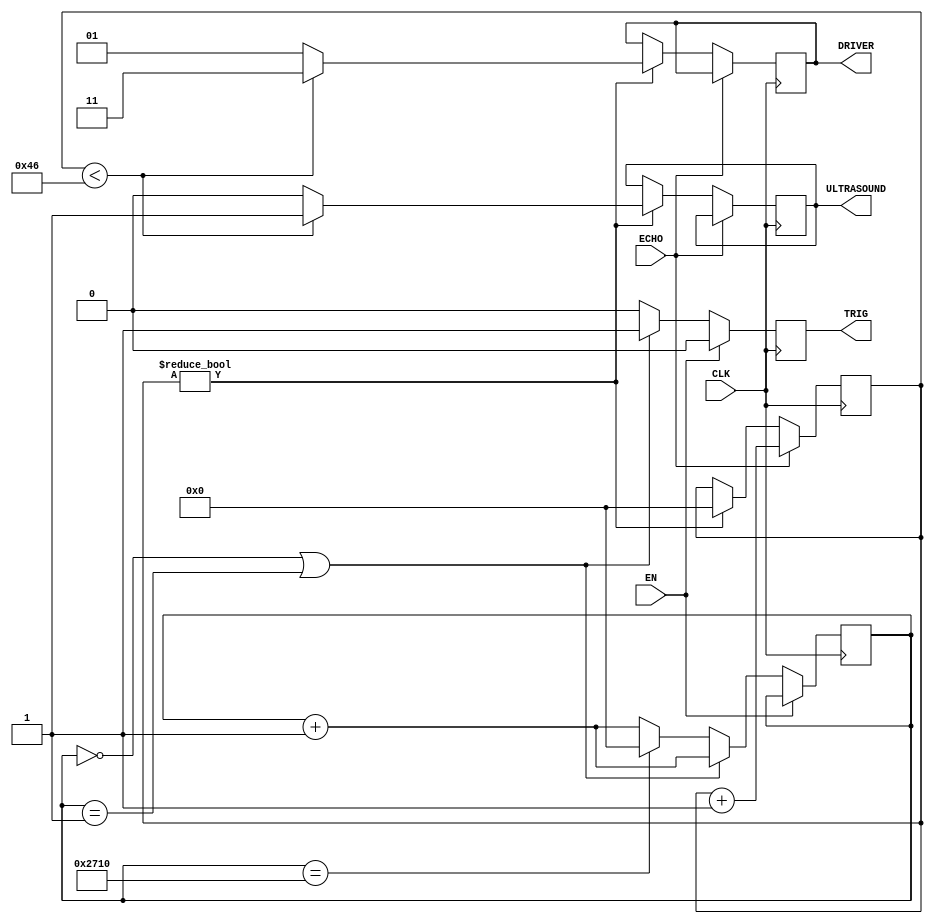
module distance(CLK,EN,TRIG,ECHO,ULTRASOUND,DRIVER);
input CLK;               //10us
input EN;                //
output reg TRIG;         //
input ECHO;              //
output reg ULTRASOUND;   //
output reg [1:0] DRIVER; //

reg [24:0] count1;
reg [24:0] count2;

initial 
begin 
    count1<=0;
	 count2<=0;
	 ULTRASOUND<=0;
	 DRIVER<=1;
end

always @(posedge CLK)
begin
    if(EN==1)
	 begin 
	     TRIG<=0;
	 end
	 else if(EN==0)
	 begin
	     if(count1==0|count1==1)  
		  begin
		        TRIG<=1;
				  count1<=count1+1;
		  end
		  else if(count1==10000)        //100ms
		  begin 
		        TRIG<=0;
		        count1<=0;
		  end
		  else 
		  begin 
		        TRIG<=0;
				  count1<=count1+1;
		  end
	  end
end

always @(posedge CLK)
begin
    if(ECHO==1)
	 begin 
	     count2<=count2+1;
	 end
	 else
	 begin
	     if(count2!=0)
		  begin
		      if(count2<70) begin ULTRASOUND<=1; DRIVER<=3; end 
				else begin ULTRASOUND<=0; DRIVER<=1; end
				count2<=0;
		  end
	  end
end

endmodule